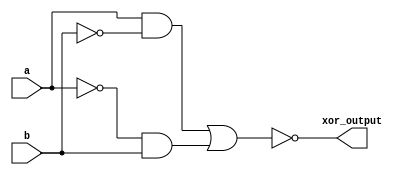
module xor_gate(
    input a,
    input b,
    output xor_output
);

    wire and1, and2, or_output;

    // Implementing XOR gate using basic gates
    assign and1 = a & ~b;
    assign and2 = ~a & b;
    assign or_output = and1 | and2;
    assign xor_output = ~or_output;

endmodule